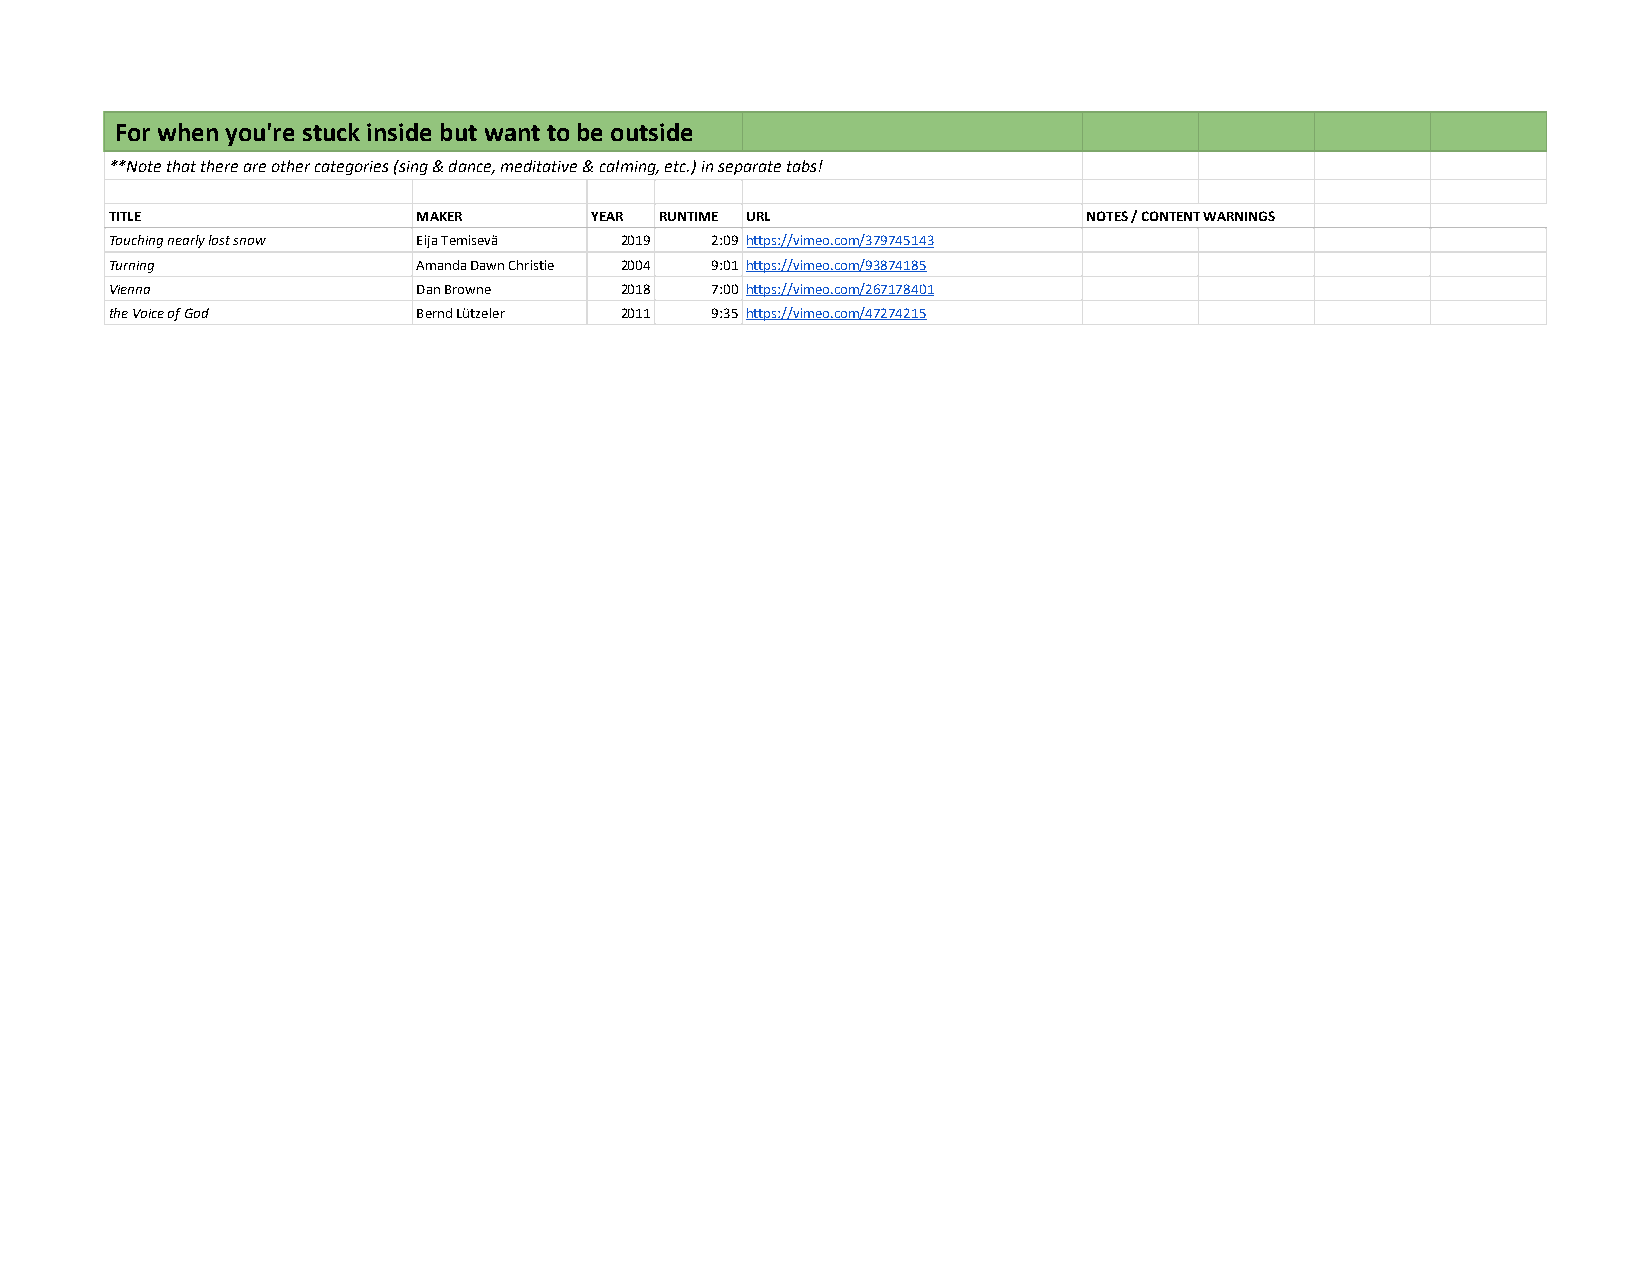
For when you're stuck inside but want to be outside
 **Note that there are other categories (sing & dance, meditative & calming, etc.) in separate tabs!
 TITLE                MAKER      YEAR RUNTIME URL                 NOTES / CONTENT WARNINGS
 Touching nearly lost snow Eija Temisevä 2019 2:09 https://vimeo.com/379745143
 Turning              Amanda Dawn Christie 2004 9:01 https://vimeo.com/93874185
 Vienna               Dan Browne   2018  7:00 https://vimeo.com/267178401
 the Voice of God     Bernd Lützeler 2011 9:35 https://vimeo.com/47274215